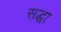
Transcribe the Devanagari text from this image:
सद्धा